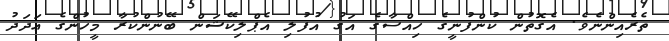
ތެރެއިންނެވެ. އެގޮތުން ކުންފުނީގެ ހިއްސާގެ އަގު އުފުލި އެޕްލިކޭޝަން ބޭނުންކުރާ މީހުންގެ ޢަދަދު